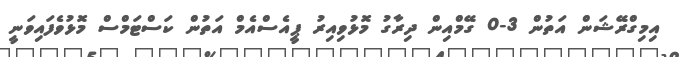
އިމިގްރޭޝަން އަތުން 3-0 ގޭމްއިން ދިރާގު މޮޅުވިއިރު ޕީއެސްއެމް އަތުން ކަސްޓަމްސް މޮޅުވެފައިވަނީ